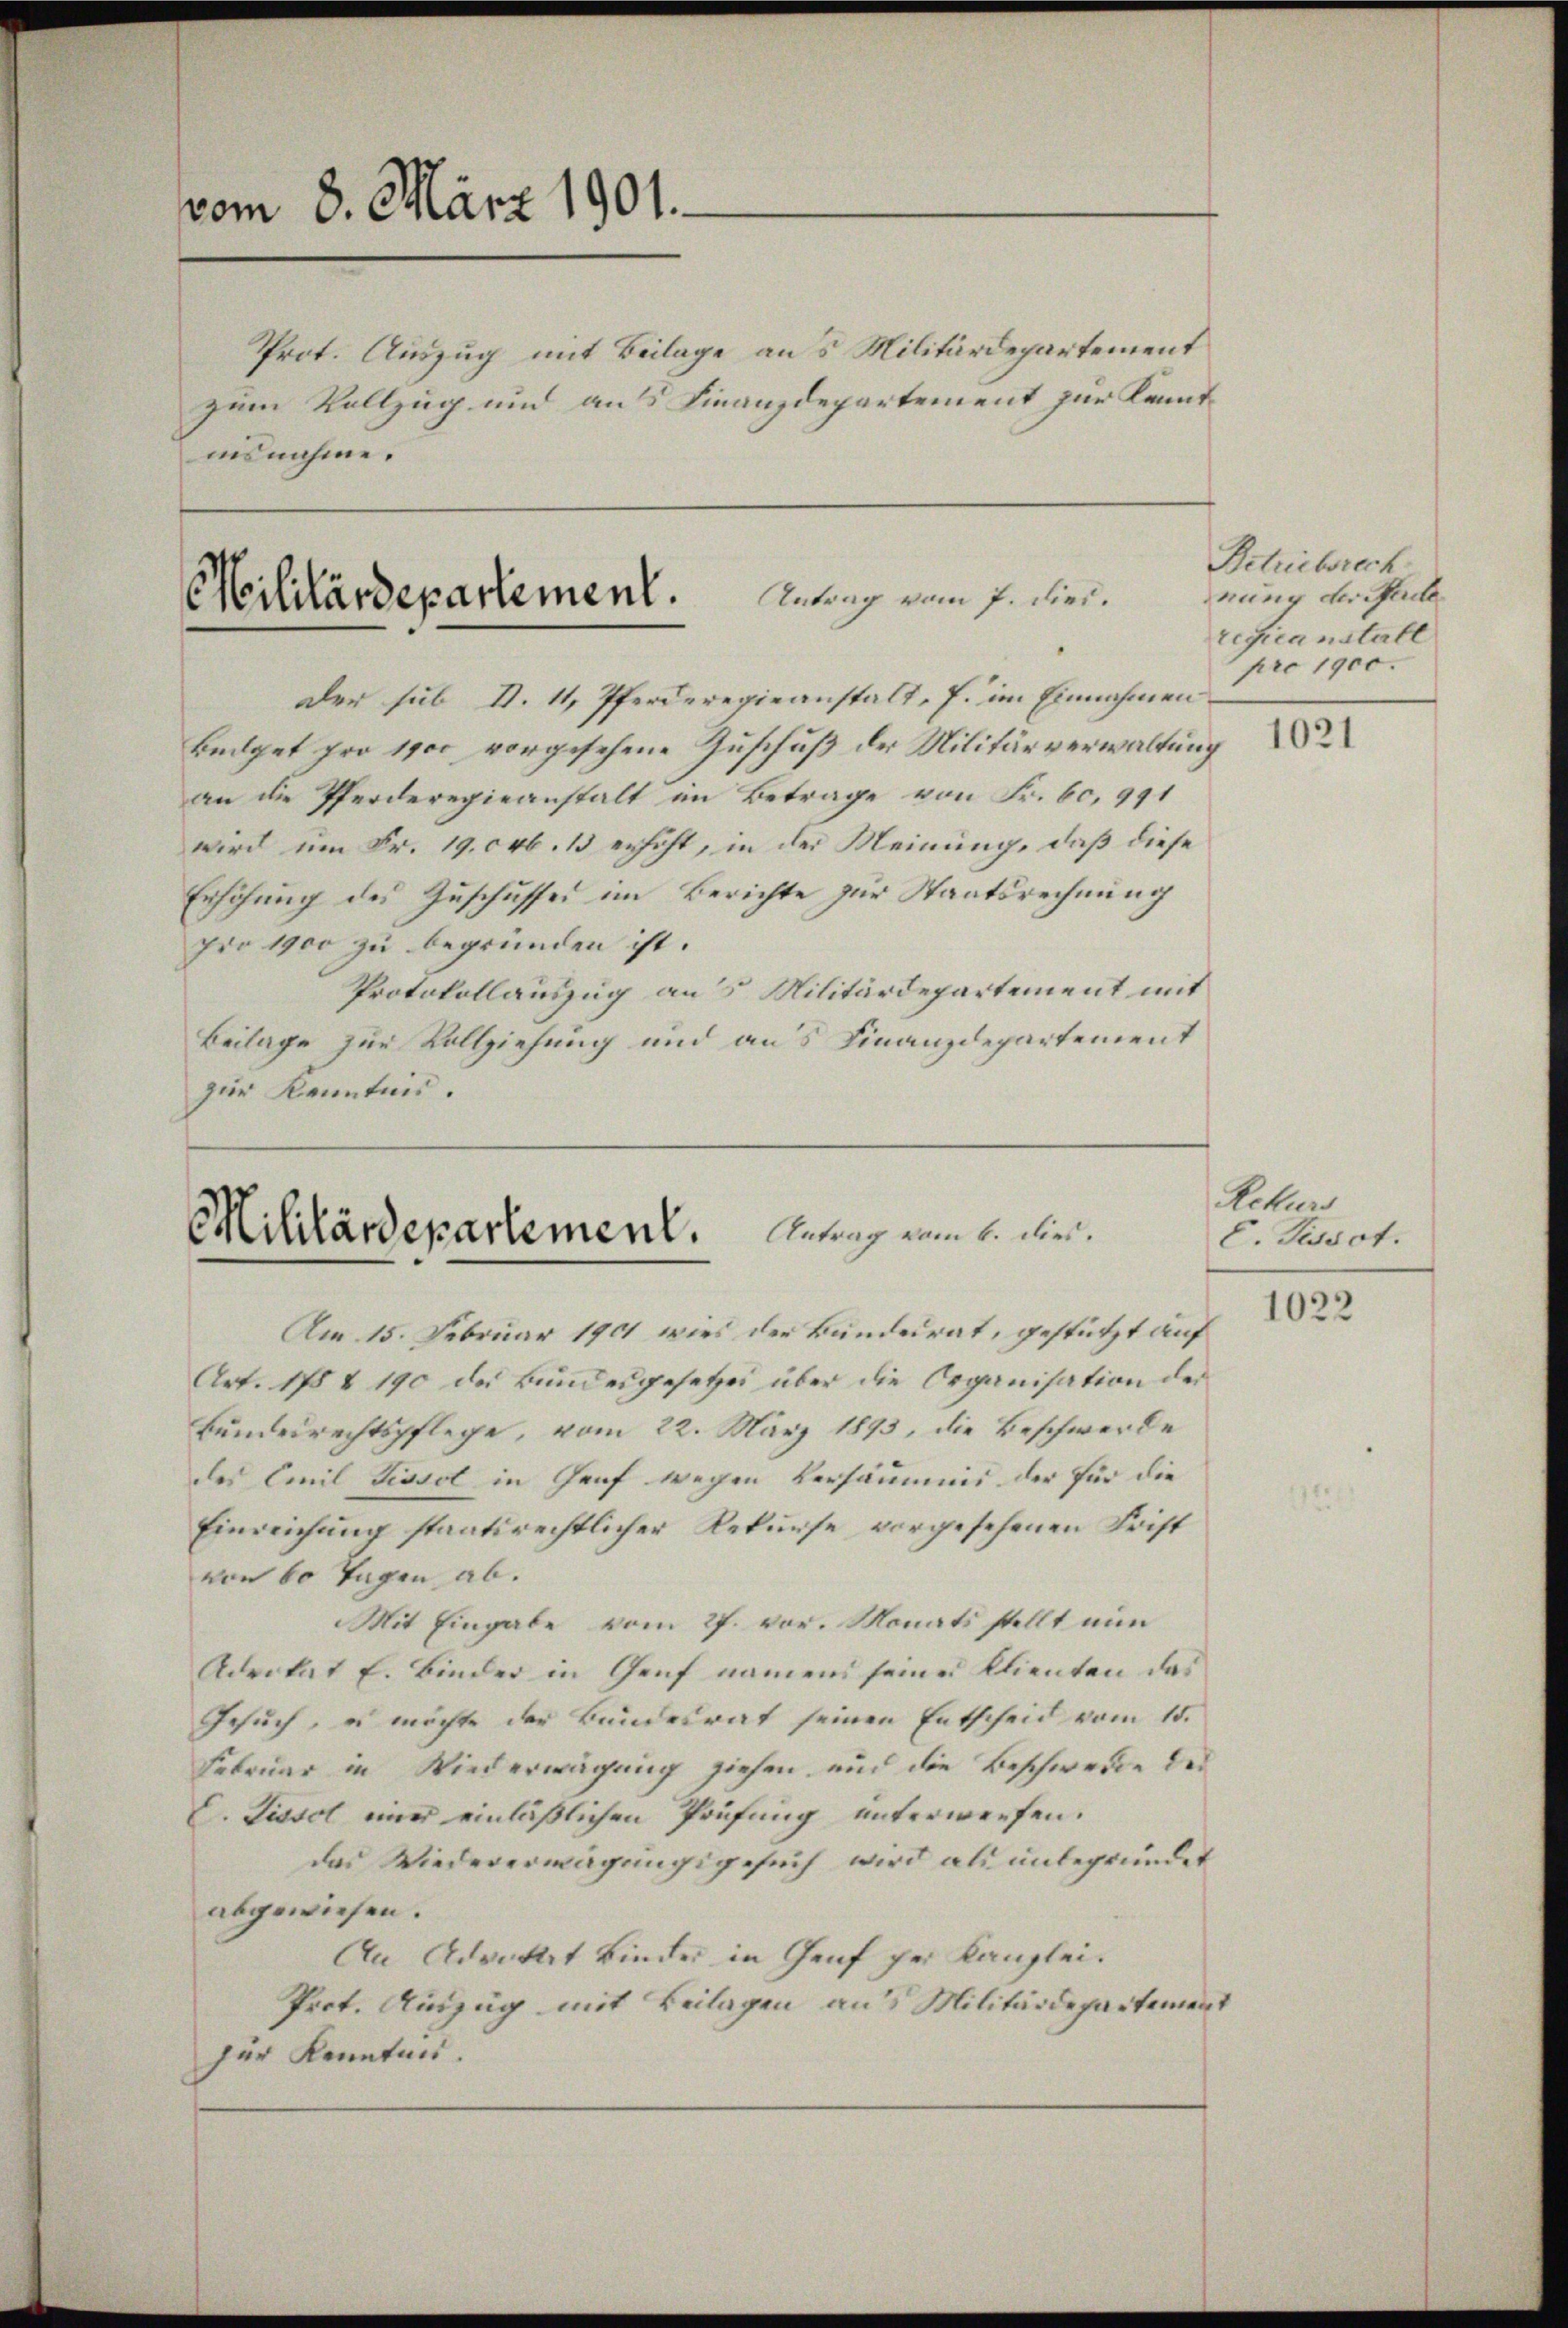
vom 8. März 1901.
zum Vollzug und aus Finanzdepartement zur Kamtinsnahme.

Prot. Auszug mit Beilage aus Militärdepartement

Militärdepartement. Antrag vom 7. dies

Der sub N. 11, Pferderegieanstalt, s. im Einnahmen
Bedget pro 1900 vorgesehene Zuschuß der Militärverwaltung
an die Pferderegieanstalt im Betrage von Fr. 60, 991
wird um Fr. 19. 046. 13 erhöht, in der Meinung, daß diese
Erhöhung des Zuschusses im Berichte zur Staatsrechnung
pro 1900 zu begründen ist.
Protokollauszug aus Militärdepartement mit
Beilage zur Vollziehung und aus Finanzdepartement
zur Kenntnis.

Militärdepartement. Antrag dem 1. den

Am 15. Februar 1901 wird der Bundesrat, gestützt auf
Art. 175 I 190 des Bundesgesetzes über die Organisation der

Betriebsrech
rung der Sache
reficanstall
pro 1900.

Bundesrechtspflege, vom 22. März 1893, die Beschwerde
des Emil Tissol in Genf wegen Versäumnis der für die
Einreichung staatsrechtlicher Rekurse vorgesehenen Frist
von 60 Tagen ab.
Mit Eingabe vom 27. vor. Monats stellt nun
Advitat E. Binder in Genf namens seines Klienten das
Gesuch, u möchte der Bundesrat seinen Entscheid vom 15.
Februar in Wiederwägung ziehen, und die Beschwerde des
C. Lissol nur einläßlichen Prüfung unterwerfen.
das Wiedererwägungsgesuch wird als unbegründet
abgewiesen.
An Advokat Binder in Genf per Kanzlei.
Prot. Auszug mit Beilagen aus Militärdepartement
zur Kenntnis.

1021

Rekurs
E. Disset.

1022